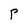
Character: P